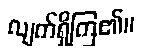
လျက်ရှိကြ၏။